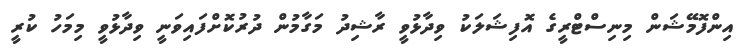
އިންފޮމޭޝަން މިނިސްޓްރީގެ އޮފިޝަލަކު ވިދާޅުވީ ރާޝިދު މަގާމުން ދުރުކޮށްފައިވަނީ ވިދާޅުވީ މިމަހު ކުރީ